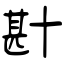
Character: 卙